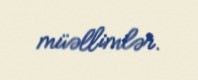
müəllimlər.